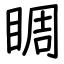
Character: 睭